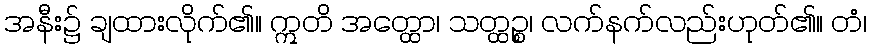
အနီး၌ ချထားလိုက်၏။ ဣတိ အတ္ထော၊ သတ္ထဉ္စ၊ လက်နက်လည်းဟုတ်၏။ တံ၊